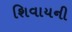
શિવાયની